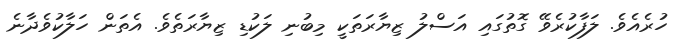
ހުރެއެވެ. ލަފާކުރެވޭ ގޮތުގައި އަސްލު ޒިޔާރަތަކީ މިބުނި ލަކުޑި ޒިޔާރަތެވެ. އެތަން ހަލާކުވެދާނެ